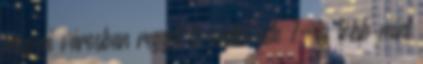
megyei városban reggel 6 órától este 7-ig több mint